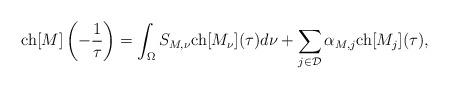
LaTeX: \begin{align*} {\rm ch}[{M}]\left(-\frac{1}{\tau}\right) = \int_{\Omega} S_{M,\nu} {\rm ch}[{M_{\nu}}](\tau) d \nu +{ \sum_{j \in \mathcal{D}} \alpha_{M,j} {\rm ch}[{M_j}] (\tau)},\end{align*}